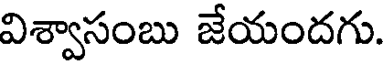
విశ్వాసంబు జేయందగు.